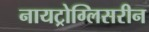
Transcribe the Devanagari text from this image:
नायट्रोग्लिसरीन